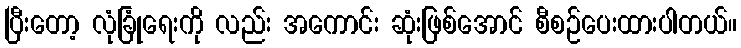
ပြီးတော့ လုံခြုံရေးကို လည်း အကောင်း ဆုံးဖြစ်အောင် စီစဉ်ပေးထားပါတယ်။